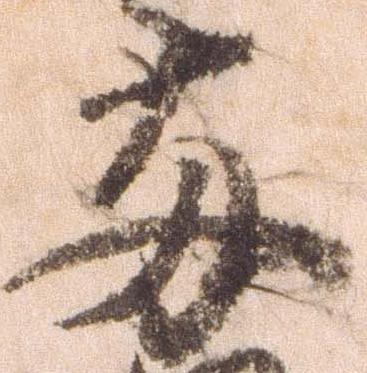
両